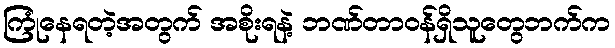
ကြုံနေရတဲ့အတွက် အစိုးရနဲ့ ဘဏ်တာဝန်ရှိသူတွေဘက်က